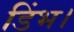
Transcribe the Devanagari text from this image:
डिंभ।